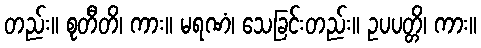
တည်း။ စုတီတိ၊ ကား။ မရဏံ၊ သေခြင်းတည်း။ ဥပပတ္တိ၊ ကား။